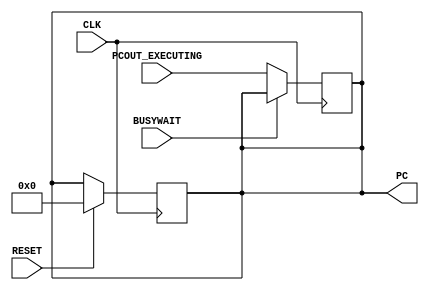
// Computer Architecture (CO224) - Lab 05
// Design: Program Count Module
// Group Number : 17

`timescale  1ns/100ps
module pc (
	output reg [31:0] PC,
    input RESET,
    input CLK,
	input [31:0] PCOUT_EXECUTING,
	input BUSYWAIT);
	
	always @(posedge CLK) begin
		if (RESET) begin	// when resetting the pc,
			// write zero to pc value instead of the next pc value 
			// with a delay of 1 time unit
			#1 PC = 0;  
		end
	end

	always @(posedge CLK) begin
		if (!BUSYWAIT) begin
            // PC Update
            #1 PC = PCOUT_EXECUTING;
		end
	end
endmodule